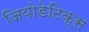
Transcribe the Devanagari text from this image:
जियोडेटिक्स